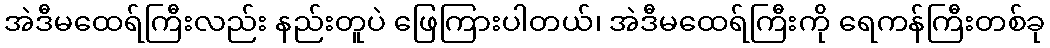
အဲဒီမထေရ်ကြီးလည်း နည်းတူပဲ ဖြေကြားပါတယ်၊ အဲဒီမထေရ်ကြီးကို ရေကန်ကြီးတစ်ခု